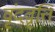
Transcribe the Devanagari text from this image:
वृंदवृत्ति